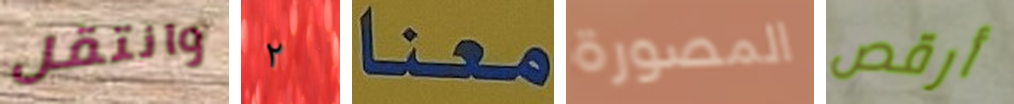
وانتقل ٢ معنا المصورة أرقص